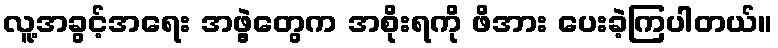
လူ့အခွင့်အရေး အဖွဲ့တွေက အစိုးရကို ဖိအား ပေးခဲ့ကြပါတယ်။